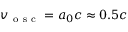
v _ { \mathrm { ~ o ~ s ~ c ~ } } = a _ { 0 } c \approx 0 . 5 c